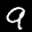
Label: 9